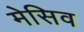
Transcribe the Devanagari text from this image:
मेसिव